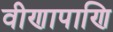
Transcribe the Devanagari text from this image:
वीणापाणि